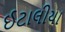
ઈટાલીયા